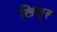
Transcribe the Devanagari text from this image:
लिव्र